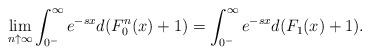
LaTeX: \begin{align*}\lim_{n \uparrow \infty}\int_{0^-}^{\infty} e^{-s x}d(F_0^n(x)+1)=\int_{0^-}^{\infty} e^{-s x}d(F_1(x)+1).\end{align*}